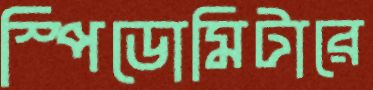
স্পিডোমিটারে